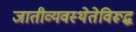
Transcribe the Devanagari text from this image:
जातीव्यवस्थेतेविरूद्ध